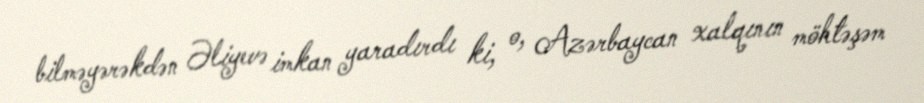
bilməyərəkdən Əliyevə imkan yaradırdı ki, o, Azərbaycan xalqının möhtəşəm